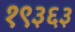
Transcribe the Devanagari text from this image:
१९३६३